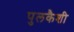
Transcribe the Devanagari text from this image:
पुलकैशी